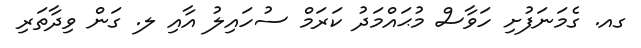
ގއ. ގެމަނަފުށި ހަވާސް މުޙައްމަދު ކަރަމް ސުހައިލު އާއި ލ. ގަން ވިދާތަރި